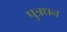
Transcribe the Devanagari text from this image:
पुत्रधन